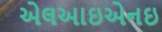
એલઆઇએનઇ